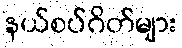
နယ်စပ်ဂိတ်များ